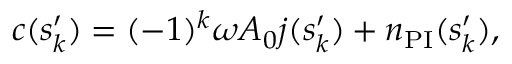
\begin{array} { r } { c ( s _ { k } ^ { \prime } ) = ( - 1 ) ^ { k } \omega A _ { 0 } j ( s _ { k } ^ { \prime } ) + n _ { \mathrm { P I } } ( s _ { k } ^ { \prime } ) , } \end{array}